Report of the Indian Hemp Drugs Commission, 1894-1895 - Volume VII
Year: 1894
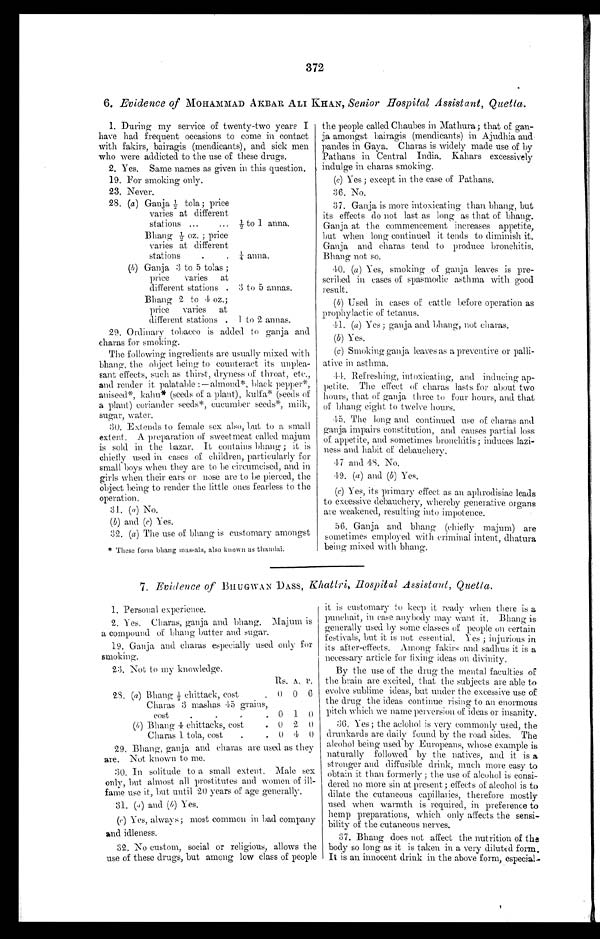
372
6. Evidence of MOHAMMAD AKBAR ALI KHAN, Senior Hospital Assistant, Quetta.
1. During my service of twenty-two years I
have had frequent occasions to come in contact
with fakirs, bairagis (mendicants), and sick men
who were addicted to the use of these drugs.
2. Yes. Same names as given in this question.
19. For smoking only.
23. Never.
28. (a ) Ganja ½ tola ; price
varies at different
stations ...
½ to 1 anna.
Bhang
oz ; price
varies at different
stations
.
¼ anna,
(b) Ganja 3 to 5 tolas ;
price,
varies at
different stations . 3 to 5 annas.
Bhang 2 to 4 oz.;
price varies at
different stations . 1 to 2 annas.
29. Ordinary tobacco is added to ganja and
charas for smoking.
The following ingredients are usually mixed with
bhang, the object being to counteract its unplea-
sant effects, such as thirst, dryness of throat, etc.,
and render it palatable :— almond*, black pepper*,
aniseed*, kahu* (seeds of a plant), kulfa* (seeds of
a plant) coriander seeds*, cucumber seeds*, milk,
sugar, water.
30. Extends to female sex also, but to a small
extent. A preparation of sweetmeat called majum
is sold in the bazar. It contains bhang ; it is
chiefly used in cases of children, particularly for
small boys when they are to be circumcised, and in
girls when their ears or nose are to be pierced, the
object being to render the little ones fearless to the
operation.
31.. (a) No.
( b) and (c) Yes.
32. (a ) The use of bhang is customary amongst
* These form bhang massala, also known as thandai.
the people called Chaubes in Mathura; that of gan-
ja amongst bairagis (mendicants) in Ajudhia and
panties in Gaya. Charas is widely made use of by
Pathans in Central India. Kahars excessively
indulge in charas smoking.
(c) Yes ; except in the case of Pathans.
36. No.
37. Ganja is more intoxicating than bhang, but
its effects do not last as long as that of bhang.
Ganja at the commencement increases appetite,
but when long continued it tends to diminish it.
Ganja and charas tend to produce bronchitis.
Bhang not so.
40. (a ) Yes, smoking of ganja leaves is pre-
scribed in cases of spasmodic asthma with good
result.
(b) Used in cases of cattle before operation as
prophylactic of tetanus.
41. (a ) Yes; ganja and bhang, not charas,
(b) Yes.
(c ) Smoking ganja leaves as a preventive or palli-
ative in asthma.
44. Refreshing, intoxicating, and inducing ap-
petite. The effect of charas lasts for about two
hours, that of ganja three to four hours, and that
of bhang eight to twelve hours.
45. The long and continued use of charas and
ganja impairs constitution, and causes partial loss
of appetite, and sometimes bronchitis; induces lazi-
ness and habit of debauchery.
4 7 a n d 4 8 . N o .
4 9 .
( a ) a n d ( b )
Y e s .
(c) Yes, its primary effect as an aphrodisiac leads
to excessive debauchery, whereby generative organs
are weakened, resulting into impotence.
56. Ganja and. bhang (chiefly majum) are
sometimes employed with criminal intent, dhatura
being mixed with bhang.
7. Evidence of BHUGWAN DASS, Khattri, Hospital Assistant, Quetta.
1. Personal experience.
2. Yes. Charas, ganja and bhang. Majum is
a compound of bhang butter and sugar.
19. Ganja and charas especially used only for
smoking.
23. Not to my knowledge.
RS. A. P.
28. (a ) Bhang ½ chittack, cost 0 0 6
Charas 3 mashas 45 grains,
cost
0 1
0
(b) Bhang 4 chittacks, cost
0 2 0
Charas 1 tola, cost
0 4 0
29. Bhang, ganja, and charas are used as they
are. Not known to me.
30. In solitude to a small extent. Male sex
only, but almost all prostitutes and women of ill-
fame use it, but until 20 years of age generally.
31. (a) and (b) Yes.
(c) Yes, always; most common in bad company
and idleness.
32. No custom, social or religious, allows the
use of these drugs, but among low class of people
it is customary to keep it ready when there is a
punchait, in case anybody may want it. Bhang is
generally used. by some classes of people on certain
festivals, but it is not essential. Yes ; injurious in
its after-effects. Among fakirs and sadhus it is a
necessary article for fixing ideas on divinity.
By the use of the drug the mental faculties of
the brain are excited, that the subjects are able to
evolve sublime ideas, but under the excessive use of
the drug the ideas continue rising to an enormous
pitch which we name perversion of ideas or insanity.
36. Yes; the aclohol is very commonly used, the
drunkards are daily found by the road sides . The
alcohol being used by Europeans, whose example is
naturally followed by the natives, and it is a
stronger and. diffusible drink, much more easy to
obtain it than formerly ; the use of alcohol is consi-
dered no more sin at present ; effects of alcohol is to
dilate the cutaneous capillaries, therefore mostly
used when warmth is required, in preference to
hemp preparations, which only affects the sensi-
bility of the cutaneous nerves.
37. Bhang does not affect the nutrition of the
body so long as it is taken in a very diluted form.
It is an innocent drink in the above form, especial-